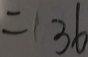
= 3 6